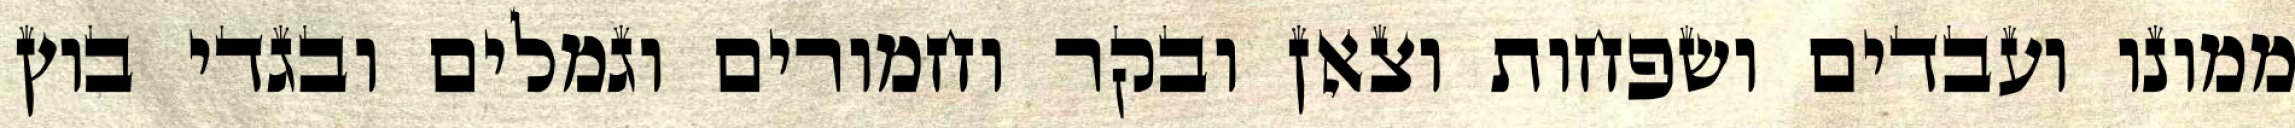
ממונו ועבדים ושפחות וצאן ובקר וחמורים וגמלים ובגדי בוץ